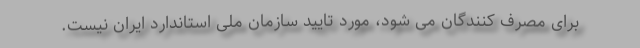
برای مصرف کنندگان می شود، مورد تایید سازمان ملی استاندارد ایران نیست.